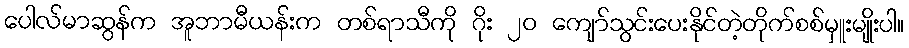
ပေါလ်မာဆွန်က အူဘာမီယန်းက တစ်ရာသီကို ဂိုး ၂၀ ကျော်သွင်းပေးနိုင်တဲ့တိုက်စစ်မှူးမျိုးပါ။